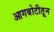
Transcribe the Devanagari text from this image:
आगबोटीतून